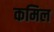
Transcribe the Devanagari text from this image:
कमिल